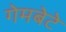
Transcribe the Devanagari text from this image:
गेमबेटे